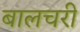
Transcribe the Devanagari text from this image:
बालचरी